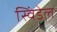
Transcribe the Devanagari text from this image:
स्विंडेल